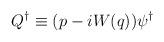
LaTeX: \begin{align*}Q^\dagger \equiv ( p - i W(q)) \psi^\dagger\end{align*}